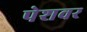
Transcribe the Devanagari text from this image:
पेशवर